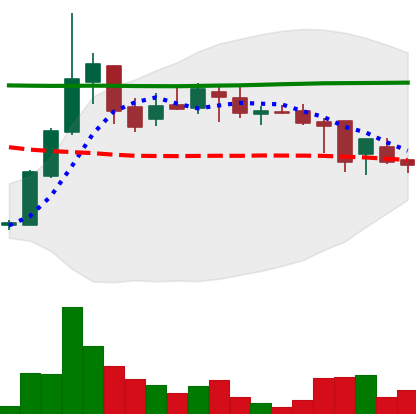
Ticker: DOGE-USD
Chart end date: 2018-08-03
Forward return: -17.238%
Label: down_7plus